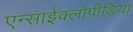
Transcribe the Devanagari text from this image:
एन्साईक्लोपीडिया